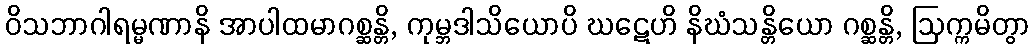
ဝိသဘာဂါရမ္မဏာနိ အာပါထမာဂစ္ဆန္တိ, ကုမ္ဘဒါသိယောပိ ဃဋေဟိ နိဃံသန္တိယော ဂစ္ဆန္တိ, ဩက္ကမိတွာ